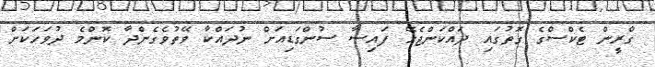
ގްރީން ޓެކްސްގެ ގޮތުގައި ދައްކަންޖެހޭ ފައިސާ ސުންގަޑިއަށް ނުދައްކާ ވޭތުވެގެންދާ ކޮންމެ ދުވަހަކަށް